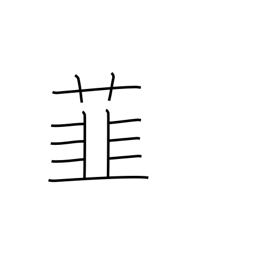
Meaning: leek